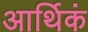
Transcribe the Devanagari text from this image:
आर्थिकं